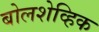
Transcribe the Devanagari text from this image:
बोलशेव्हिक